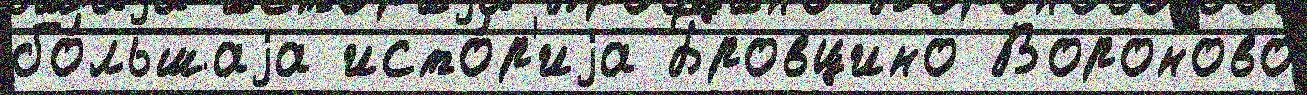
бо́льшаjа исто́р'иjа Бровцино Вороново